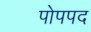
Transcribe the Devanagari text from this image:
पोपपद